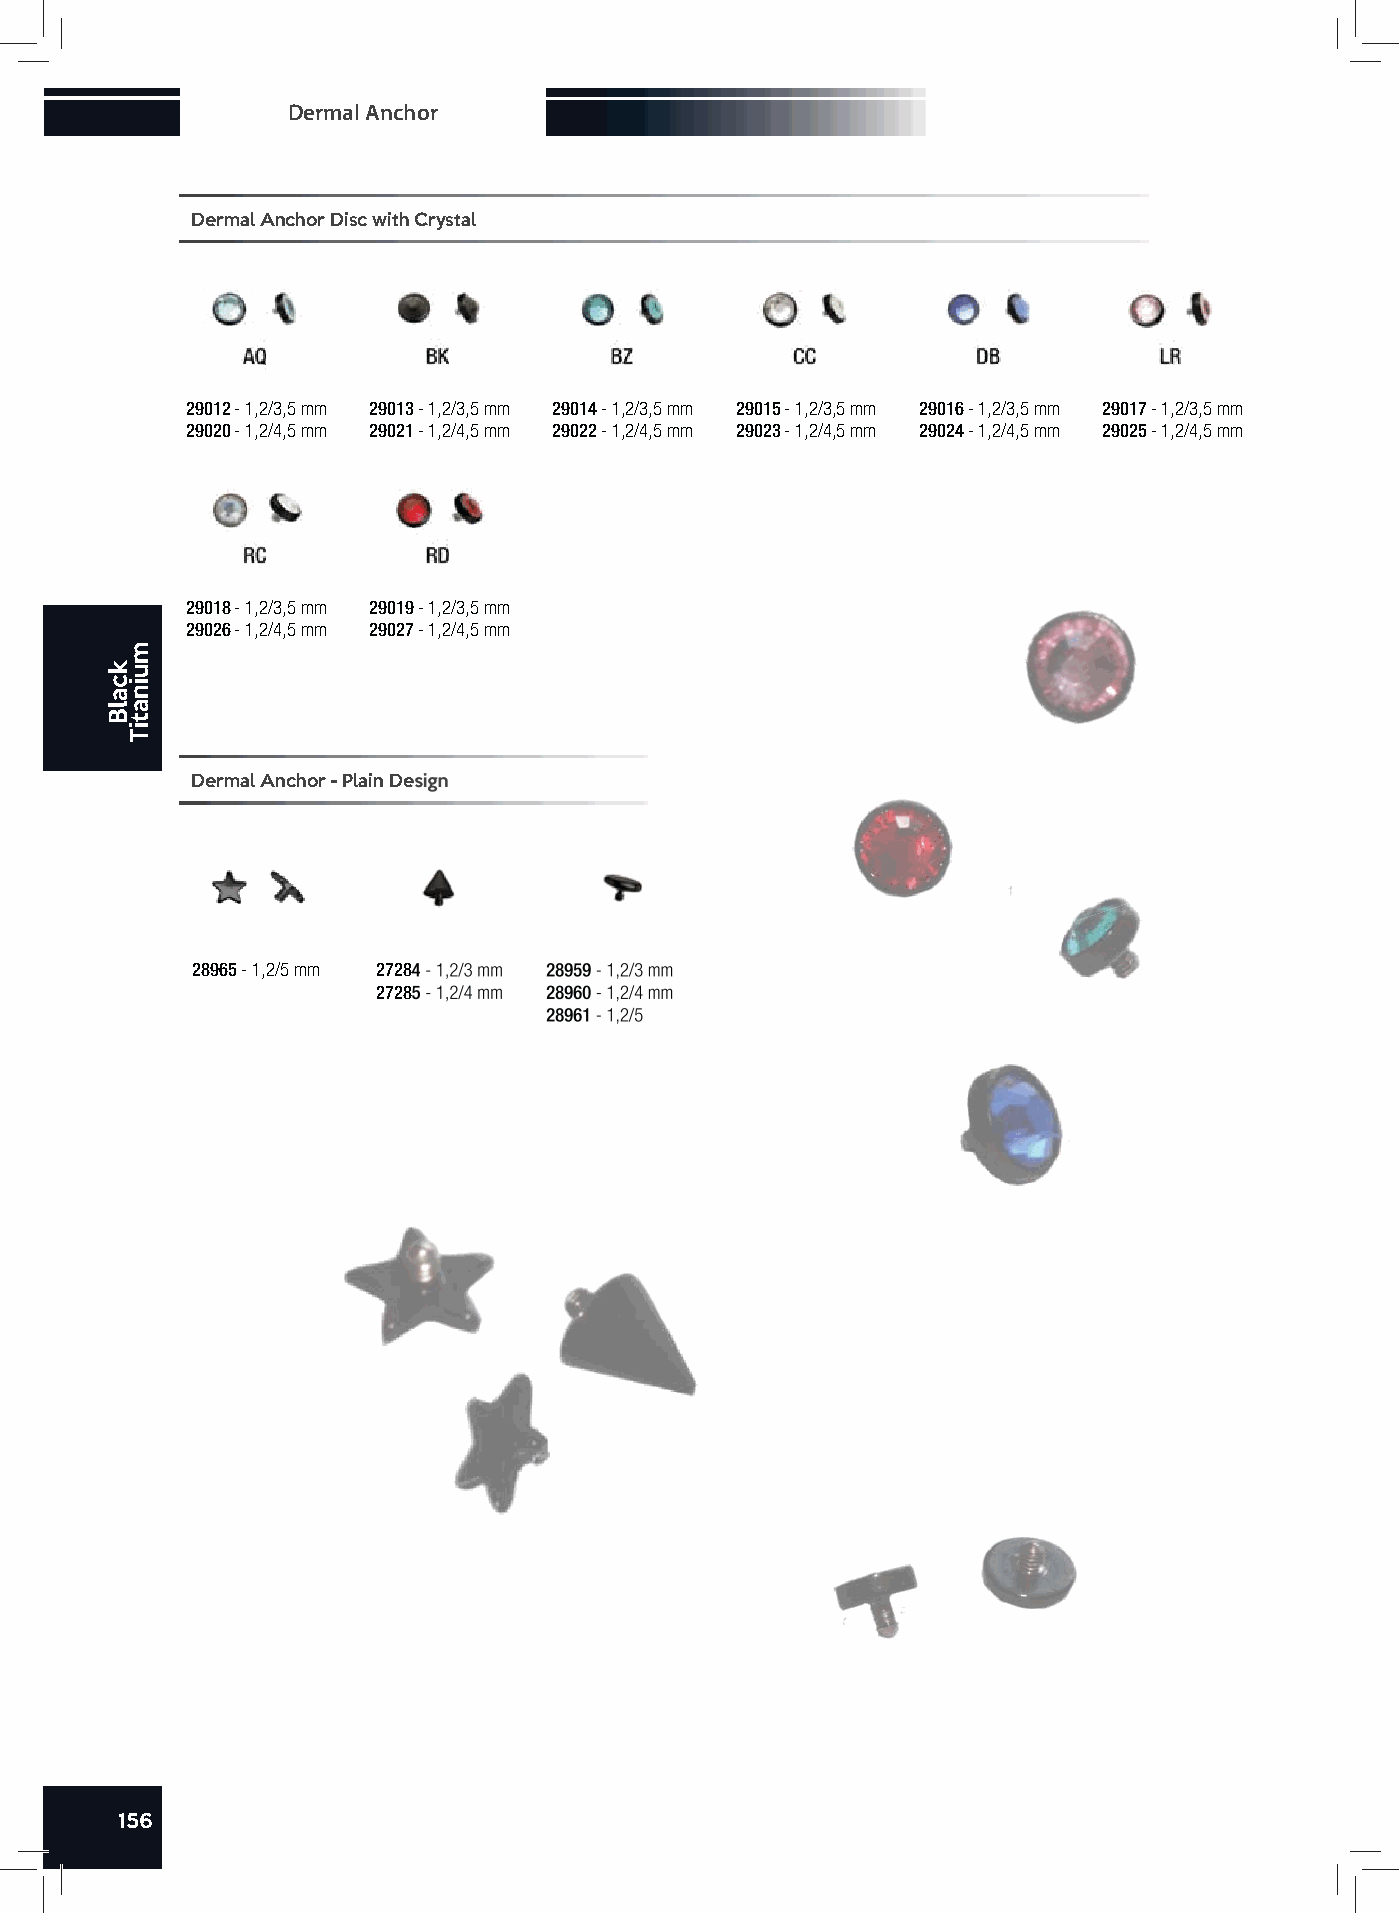
Dermal Anchor
 Dermal Anchor Disc with Crystal
 29012 - 1,2/3,5 mm 29013 - 1,2/3,5 mm 29014 - 1,2/3,5 mm 29015 - 1,2/3,5 mm 29016 - 1,2/3,5 mm 29017 - 1,2/3,5 mm
 29020 - 1,2/4,5 mm 29021 - 1,2/4,5 mm 29022 - 1,2/4,5 mm 29023 - 1,2/4,5 mm 29024 - 1,2/4,5 mm 29025 - 1,2/4,5 mm
 29018 - 1,2/3,5 mm 29019 - 1,2/3,5 mm
 29026 - 1,2/4,5 mm 29027 - 1,2/4,5 mm
 Dermal Anchor - Plain Design
 28965 - 1,2/5 mm 27284 - 1,2/3 mm 28959 - 1,2/3 mm
 27285 - 1,2/4 mm 28960 - 1,2/4 mm
 28961 - 1,2/5
 156
 kcalB
 muinatiT